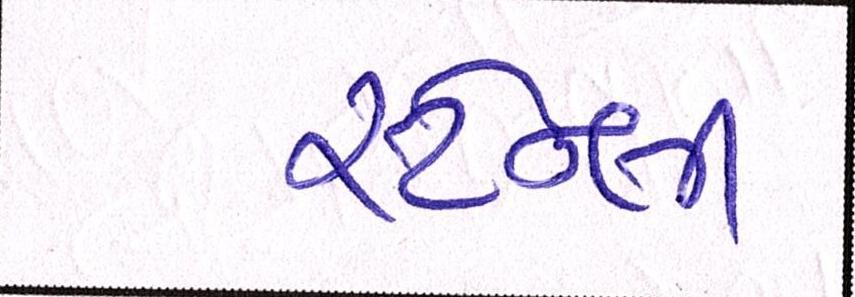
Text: સ્ટેન્લી